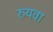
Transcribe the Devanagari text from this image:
रुयवा